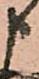
申